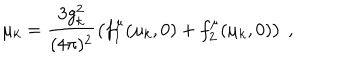
\mu _ { k } = \frac { 3 g _ { k } ^ { 2 } } { ( 4 \pi ) ^ { 2 } } \left( f _ { 1 } ^ { \mu } ( \mu _ { k } , 0 ) + f _ { 2 } ^ { \mu } ( \mu _ { k } , 0 ) \right) \: ,